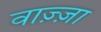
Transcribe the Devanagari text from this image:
वाज़्ज़ा